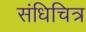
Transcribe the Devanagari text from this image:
संधिचित्र